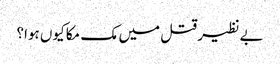
بے نظیر قتل میں مک مکا کیوں ہوا؟